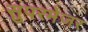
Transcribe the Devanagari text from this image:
सुपरमेजर